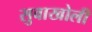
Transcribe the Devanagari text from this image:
सुवाखोली